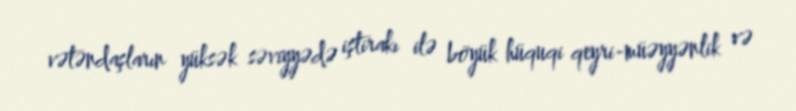
vətəndaşların yüksək səviyyədə iştirakı ilə böyük hüquqi qeyri-müəyyənlik və